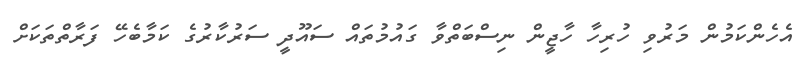
އެހެންކަމުން މަރުވި ހުރިހާ ހާޖީން ނިސްބަތްވާ ގައުމުތައް ސައޫދީ ސަރުކާރުގެ ކަމާބެހޭ ފަރާތްތަކަށް